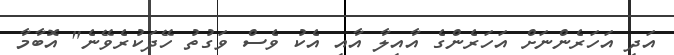
އަދި އަހަރެންނަށް އަހަރެންގެ އާއިލާ އާއި އެކު ވެސް ވަގުތު ހޭދަކުރެވޭނެ" އޮބާމާ